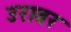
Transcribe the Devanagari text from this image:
उराबर